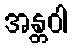
အန္တဝါ